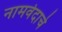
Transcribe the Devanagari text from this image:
नामवेदाचे